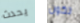
يحدث تكون